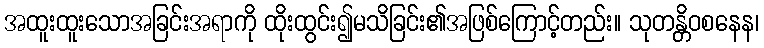
အထူးထူးသောအခြင်းအရာကို ထိုးထွင်း၍မသိခြင်း၏အဖြစ်ကြောင့်တည်း။ သုတန္တိဝစနေန၊